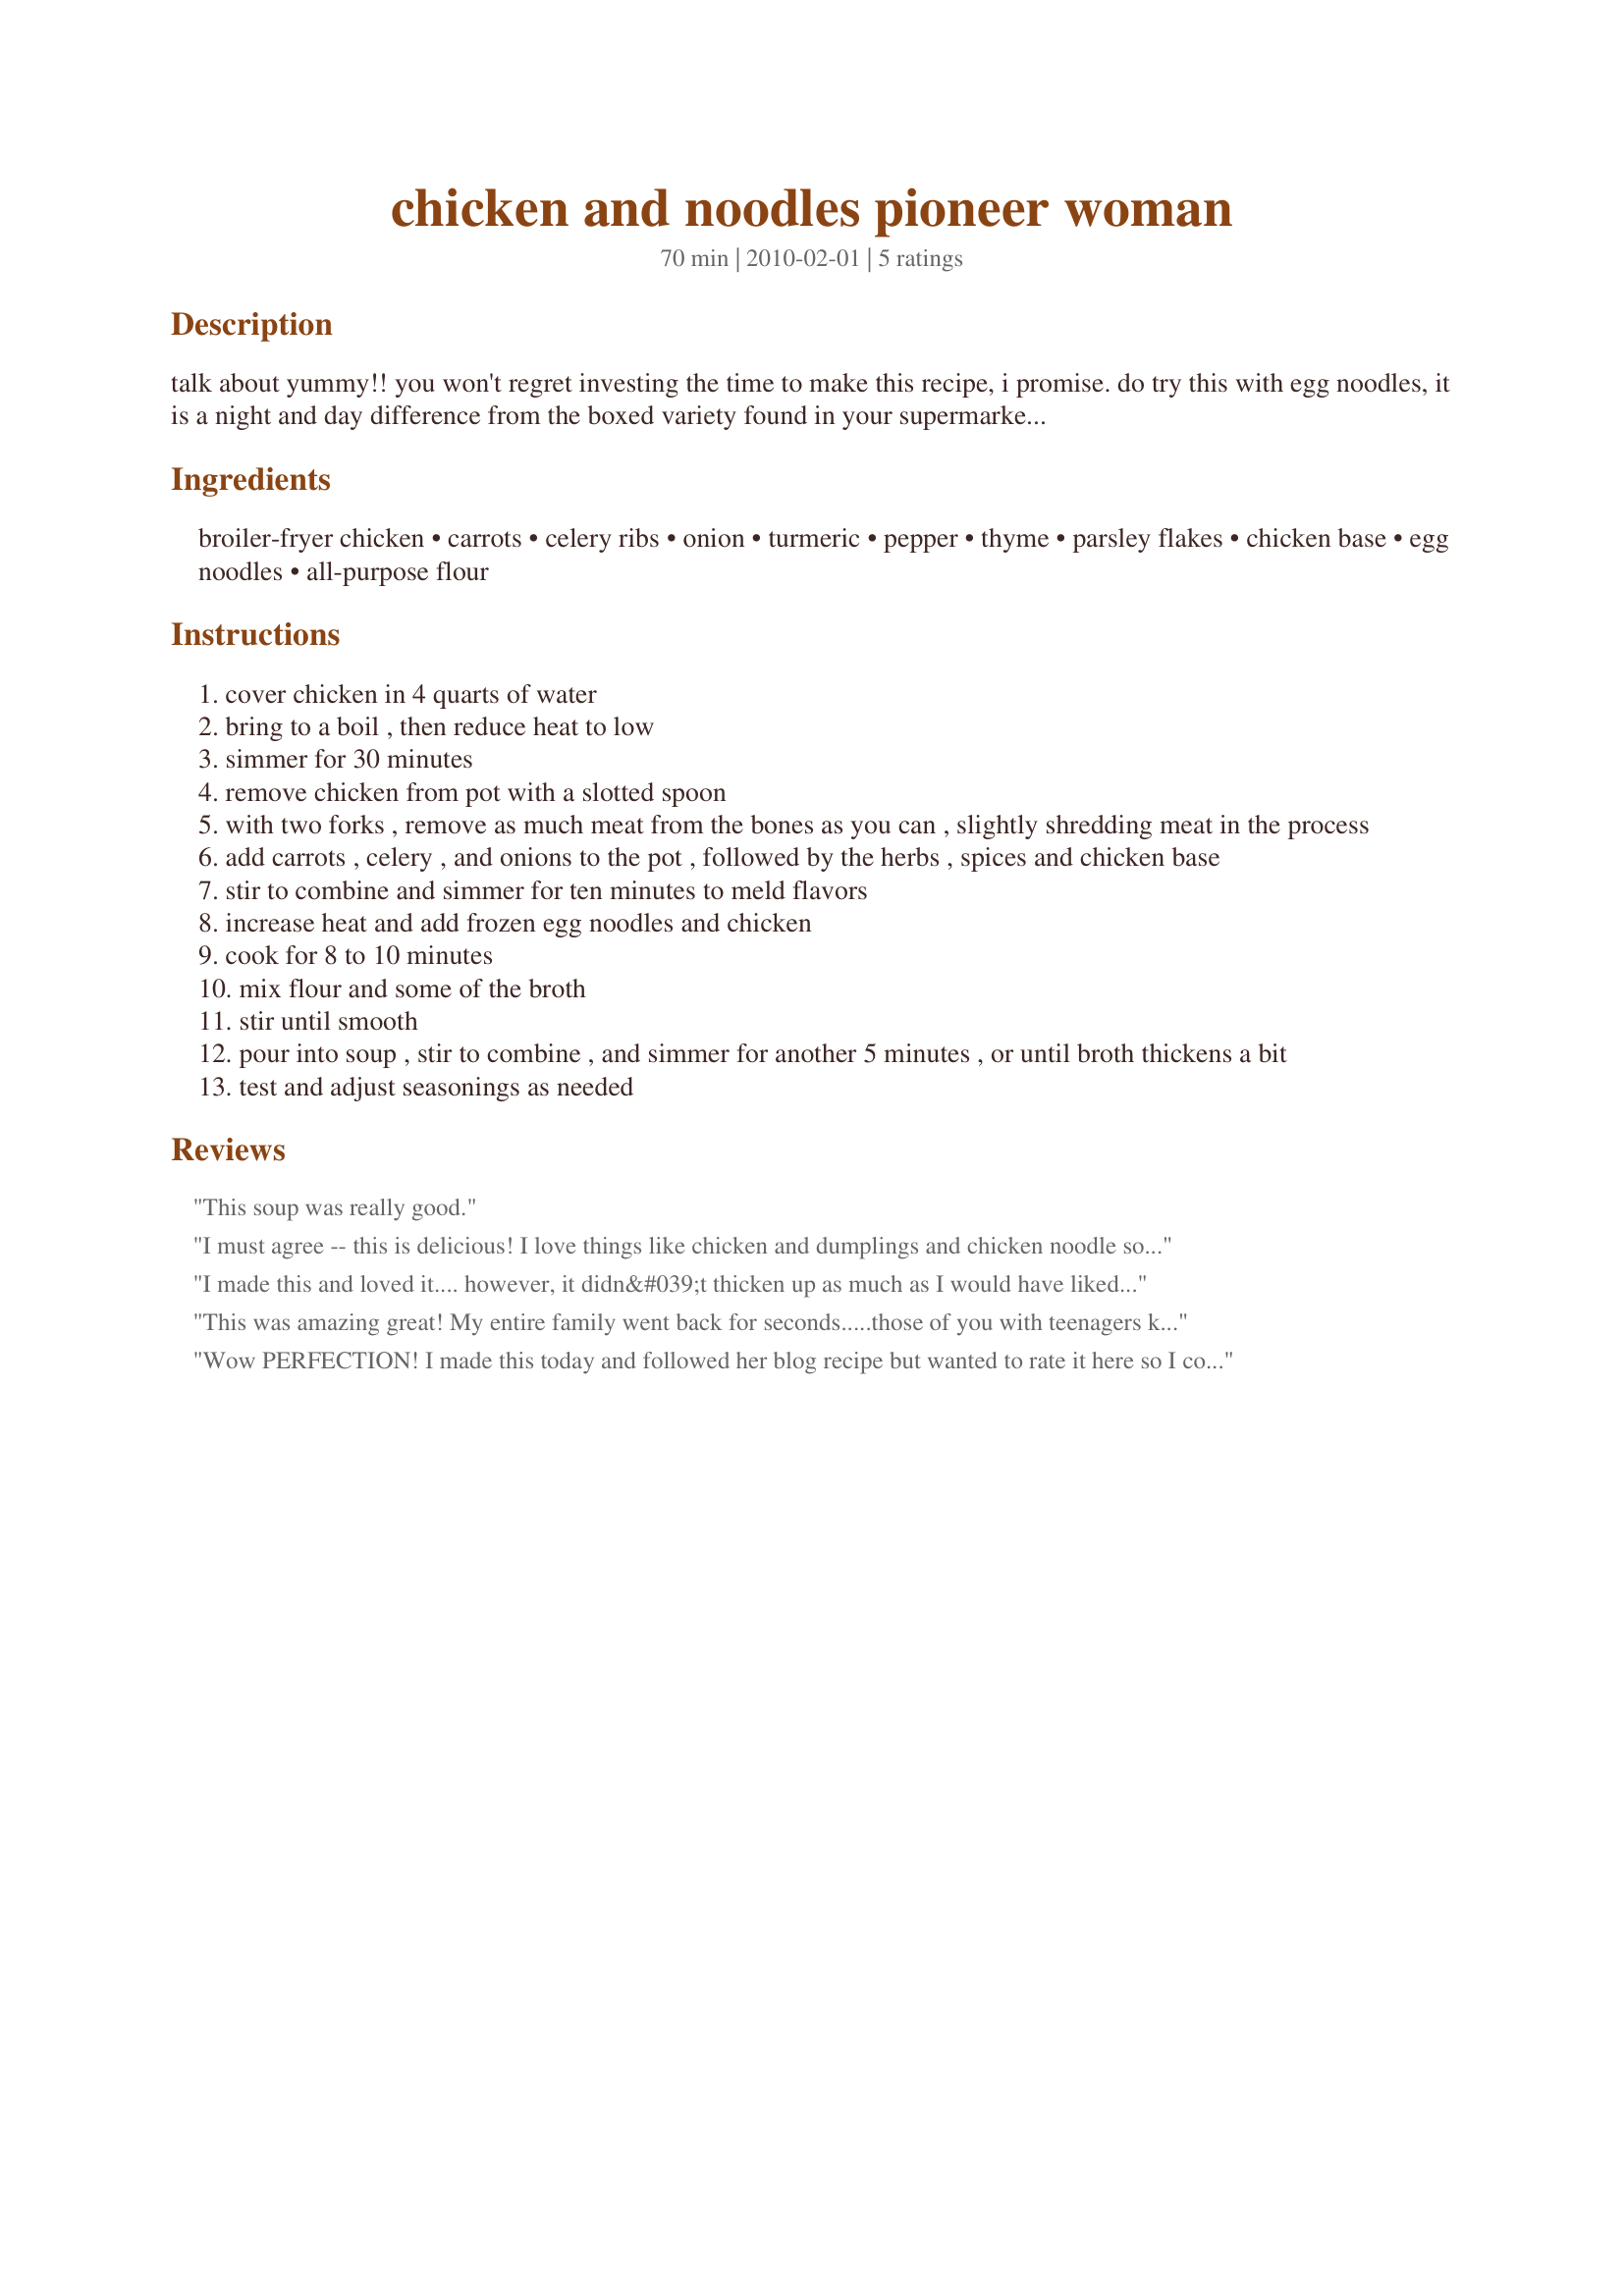
chicken and noodles pioneer woman
Preparation time: 70 minutes

talk about yummy!! you won't regret investing the time to make this recipe, i promise. do try this with egg noodles, it is a night and day difference from the boxed variety found in your supermarket eisle. i have modified ree's recipe slightly by increasing the carrots, celery, and adding chicken base to this recipe and omitting the salt because of the saltiness of the chicken base. i also doubled the amount of flour for thickening based off my own experience and preference. please feel free to modify it based off your own preferences. i hope you enjoy this as much as we have. :)

Ingredients:
broiler-fryer chicken, carrots, celery ribs, onion, turmeric, pepper, thyme, parsley flakes, chicken base, egg noodles, all-purpose flour

Steps:
cover chicken in 4 quarts of water
bring to a boil , then reduce heat to low
simmer for 30 minutes
remove chicken from pot with a slotted spoon
with two forks , remove as much meat from the bones as you can , slightly shredding meat in the process
add carrots , celery , and onions to the pot , followed by the herbs , spices and chicken base
stir to combine and simmer for ten minutes to meld flavors
increase heat and add frozen egg noodles and chicken
cook for 8 to 10 minutes
mix flour and some of the broth
stir until smooth
pour into soup , stir to combine , and simmer for another 5 minutes , or until broth thickens a bit
test and adjust seasonings as needed

Reviews:
This soup was really good.
I must agree -- this is delicious! I love things like chicken and dumplings and chicken noodle soup, so this was right up my alley. I didn't have a whole chicken, or even any bone-in chicken, so I just defrosted about 4lbs of boneless skinless chicken thighs for the meat. In hindsight, I probably would've been fine with half that amount, but DH liked having the extra chicken in it. I added an extra carrot and celery stalk because I love the veggies (that, and I just had them in the fridge). I couldn't find the frozen egg noodles, so I used a bag of "homemade" dried egg noodles instead. Before I added the flour, I was worried that the finished dish would have a floury taste, but I was totally off. I actually think I could've added a couple more spoonfuls of it, because the sauce didn't thicken up quite as much as I was expecting (I was thinking gravy, but it was more like a hearty thick chicken noodle soup). No matter, though, because it's yummy! This would be great for a cold-weather family dinner with some warm biscuits, since it makes a huge pot (maybe because of the extra chicken I added?). I'll definitely be using this recipe again, thanks for posting! Made for PAC Spring 2011
I made this and loved it.... however, it didn&#039;t thicken up as much as I would have liked and the receipe does not mention the half and half. I just watched a rerun of this very show and she puts in half and half, this receipe omits it.
This was amazing great! My entire family went back for seconds.....those of you with teenagers know how hard it is to keep them all happy......so I was ecstatic. I did find it needed salt, no biggie. I used the frozen egg noodles and they really made the dish. I don&#039;t think it would be as yummy with dried egg noodles. I used bone in chicken breasts, rather than a cut up chicken. Chicken was moist and delicious. I also love that it is done so quickly. Many chicken and noodle/dumpling recipes take forever. This is definitely going in my favorite dinner recipes folder!
Wow PERFECTION! I made this today and followed her blog recipe but wanted to rate it here so I could remember what I did differently :) There is one step missing from the original that is important for me - after removing the meat from the bones you add the bones back to the broth and simmer for 45 minutes before adding the veggies (remove the bones before adding veg). This will add flavor and calcium to the broth. I also added Penzey&#039;s Ruth Anne&#039;s chicken seasoning to the chopped deboned chicken before I put it back in the soup. That and a nice amount of salt added just the right touch of flavor for us. I didn&#039;t thicken the soup, personal preference. I loved the color the turmeric gave! Also couldn&#039;t find frozen or refrigerated egg noodles so I used amish egg noodles and they were great. Thanks for posting this, it will be my go-to chicken noodle soup recipe! *update I made this yesterday and used my stockpot, but I added too much water and had to add chicken base to compensate. Next time I&#039;ll use my dutch oven.
